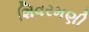
શિવરમણી